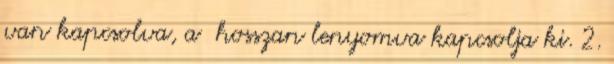
van kapcsolva, a hosszan lenyomva kapcsolja ki. 2.